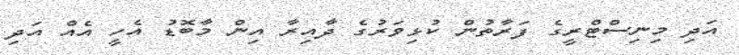
އަދި މިނިސްޓްރީގެ ފަރާތުން ކުޅިވަރުގެ ދާއިރާ އިން މާބޮޑު އެހީ އެއް އަދި